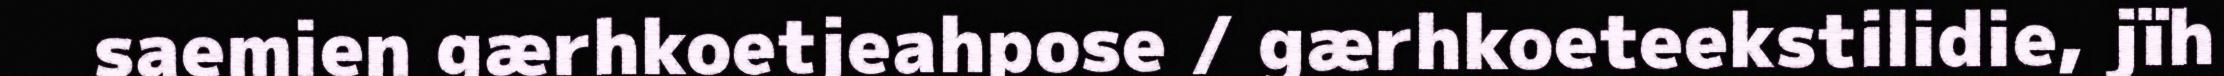
saemien gærhkoetjeahpose / gærhkoeteekstilidie, jïh